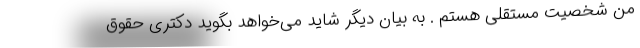
من شخصیت مستقلی هستم . به بیان دیگر شاید می‌خواهد بگوید دکتری حقوق